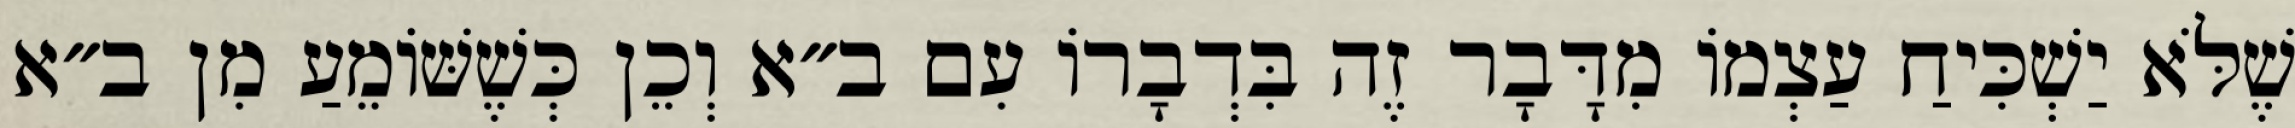
שֶׁלֹּא יַשְׁכִּיחַ עַצְמוֹ מִדָּבָר זֶה בִּדְבָרוֹ עִם ב״א וְכֵן כְּשֶׁשּׁוֹמֵעַ מִן ב״א